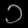
Digit: ၁